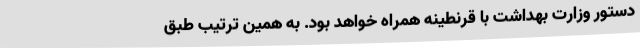
دستور وزارت بهداشت با قرنطینه همراه خواهد بود. به همین ترتیب طبق